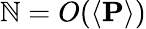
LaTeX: \mathbb{N}=O(\left<\mathbf{{P}}\right>)